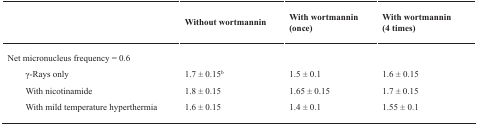
<table><thead><tr><td></td><td><b>Without wortmannin</b></td><td><b>With wortmannin (once)</b></td><td><b>With wortmannin (4 times)</b></td></tr></thead><tbody><tr><td>Net micronucleus frequency = 0.6</td><td></td><td></td><td></td></tr><tr><td>γ-Rays only</td><td>1.7 ± 0.15<sup>b</sup></td><td>1.5 ± 0.1</td><td>1.6 ± 0.15</td></tr><tr><td>With nicotinamide</td><td>1.8 ± 0.15</td><td>1.65 ± 0.15</td><td>1.7 ± 0.15</td></tr><tr><td>With mild temperature hyperthermia</td><td>1.6 ± 0.15</td><td>1.4 ± 0.1</td><td>1.55 ± 0.1</td></tr></tbody></table>